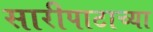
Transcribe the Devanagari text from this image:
सारीपाटाच्या